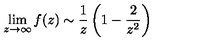
\lim _ { z \rightarrow \infty } f ( z ) \sim \frac { 1 } { z } \left( 1 - \frac { 2 } { z ^ { 2 } } \right)